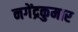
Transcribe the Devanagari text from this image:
नगेंद्रकुमार